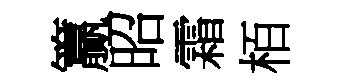
籯昭霜栢